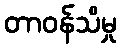
တာဝန်သိမှု